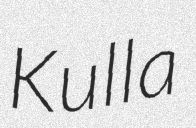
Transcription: Kulla